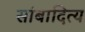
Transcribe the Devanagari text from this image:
सांबादित्य